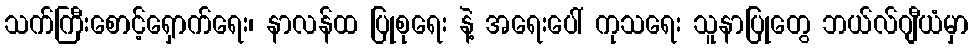
သက်ကြီးစောင့်ရှောက်ရေး၊ နာလန်ထ ပြုစုရေး နဲ့ အရေးပေါ် ကုသရေး သူနာပြုတွေ ဘယ်လ်ဂျီယံမှာ